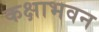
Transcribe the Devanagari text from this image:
कक्षाभवन